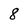
Character: 8